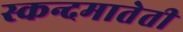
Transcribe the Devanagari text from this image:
स्कन्दमातेती